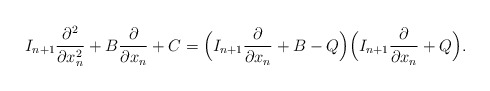
\begin{align*} I_{n+1}\frac{\partial^2 }{\partial x_n^2} + B \frac{\partial }{\partial x_n} + C = \Bigl(I_{n+1}\frac{\partial }{\partial x_n} + B - Q\Bigr)\Bigl(I_{n+1}\frac{\partial }{\partial x_n} + Q\Bigr). \end{align*}